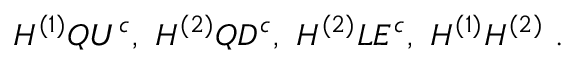
H ^ { ( 1 ) } Q U ^ { c } , ~ H ^ { ( 2 ) } Q D ^ { c } , ~ H ^ { ( 2 ) } L E ^ { c } , ~ H ^ { ( 1 ) } H ^ { ( 2 ) } ~ .